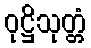
ဝုဋ္ဌိသုတ္တံ